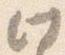
此